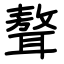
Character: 聱